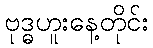
ဗုဒ္ဓဟူးနေ့တိုင်း